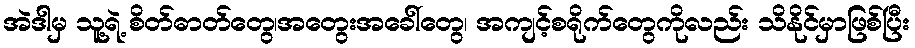
အဲဒါမှ သူ့ရဲ့ စိတ်ဓာတ်တွေ၊အတွေးအခေါ်တွေ၊ အကျင့်စရိုက်တွေကိုလည်း သိနိုင်မှာဖြစ်ပြီး